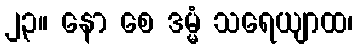
၂၃။ နော စေ ဒမ္မံ သရေယျာထ၊